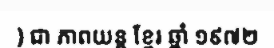
) ជា ភាពយន្ត ខ្មែរ ឆ្នាំ ១៩៧២